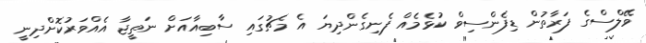
ވޭލްސްގެ ފަރާތުން ޑިފެންސިވް ކުޅެމެއް ފެނިގެންދިޔަ އެ މެޗުގައި ސާބިއާއަށް ނަތީޖާ އެއްވަރުކޮށްދިނީ